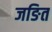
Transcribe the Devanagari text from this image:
जङित